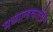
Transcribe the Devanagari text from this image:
मध्यान्हकालीन